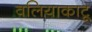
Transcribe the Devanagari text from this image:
वलियाकाटू